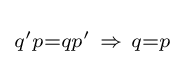
\scriptstyle {q'p=qp'\ \Rightarrow \ q=p\,}\!